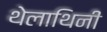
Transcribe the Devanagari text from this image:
थेलाथिनी